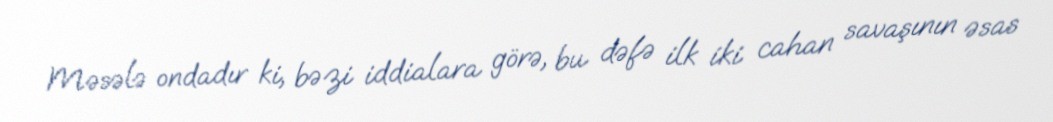
Məsələ ondadır ki, bəzi iddialara görə, bu dəfə ilk iki cahan savaşının əsas